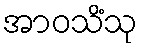
အာဝသိံသု